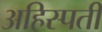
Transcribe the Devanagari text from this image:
अहिस्पती